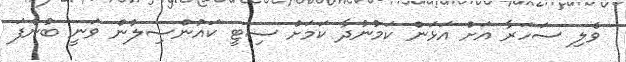
ވެލި ސަހަރާ އަށް އަޅަން ކަމުނުދާ ކަމަށް ސިޓީ ކައުންސިލުން ވަނީ ބުނެފަ